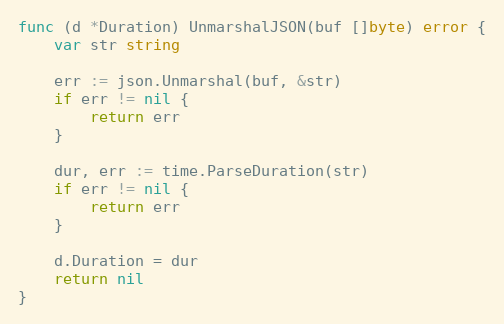
Language: Go
func (d *Duration) UnmarshalJSON(buf []byte) error {
	var str string

	err := json.Unmarshal(buf, &str)
	if err != nil {
		return err
	}

	dur, err := time.ParseDuration(str)
	if err != nil {
		return err
	}

	d.Duration = dur
	return nil
}